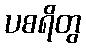
ပစရိတွ